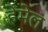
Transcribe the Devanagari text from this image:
हेमेल